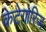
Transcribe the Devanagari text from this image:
केटेगोरिज